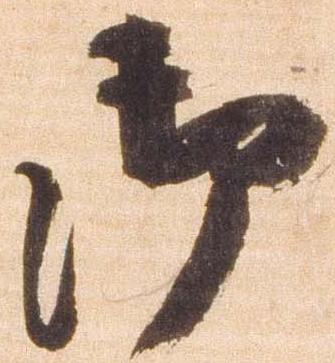
御